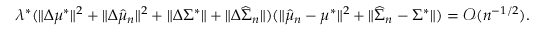
\begin{array} { r } { \lambda ^ { * } ( \| \Delta \mu ^ { * } \| ^ { 2 } + \| \Delta \widehat { \mu } _ { n } \| ^ { 2 } + \| \Delta \Sigma ^ { * } \| + \| \Delta \widehat { \Sigma } _ { n } \| ) ( \| \widehat { \mu } _ { n } - \mu ^ { * } \| ^ { 2 } + \| \widehat { \Sigma } _ { n } - \Sigma ^ { * } \| ) = \mathcal { O } ( n ^ { - 1 / 2 } ) . } \end{array}